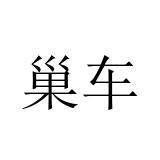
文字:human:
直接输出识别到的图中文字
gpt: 巢车